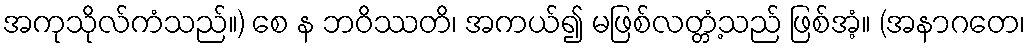
အကုသိုလ်ကံသည်။) စေ န ဘဝိဿတိ၊ အကယ်၍ မဖြစ်လတ္တံ့သည် ဖြစ်အံ့။ (အနာဂတေ၊